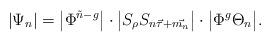
LaTeX: \begin{align*}|\Psi_n|=\big|\Phi^{\tilde n- g}\big|\cdot\big|S_\rho S_{n\vec\tau+\vec{m_n}}\big|\cdot\big|\Phi^{g}\Theta_n\big|.\end{align*}